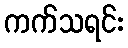
ကက်သရင်း